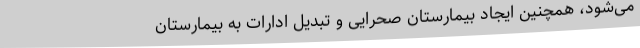
می‌شود، همچنین ایجاد بیمارستان صحرایی و تبدیل ادارات به بیمارستان